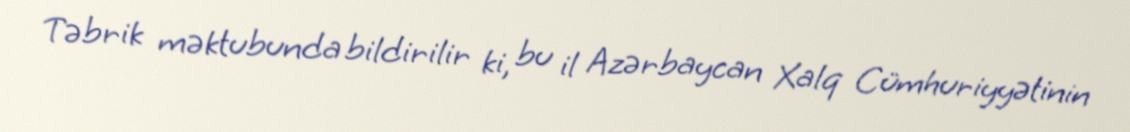
Təbrik məktubunda bildirilir ki, bu il Azərbaycan Xalq Cümhuriyyətinin